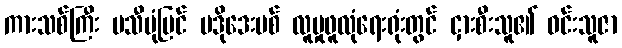
ကားသစ်ကြီး ပသီပုံပြင် ပဒိုဒေးဗစ် လူမှုဖူလုံရေးရုံးတွင် ငှားစီးသူ၏ ဝင်းသူဇာ